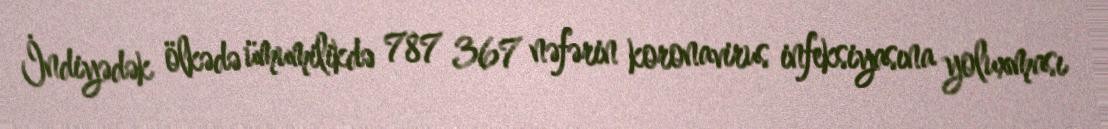
İndiyədək ölkədə ümumilikdə 787 367 nəfərin koronavirus infeksiyasına yoluxması